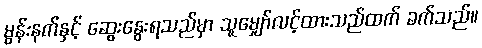
မွန်းနက်နှင့် ဆွေးနွေးရသည်မှာ သူမျှော်လင့်ထားသည်ထက် ခက်သည်။